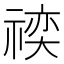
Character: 𬓍